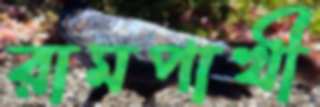
রামপাখী